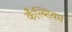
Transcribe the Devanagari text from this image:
कँल्शियम